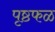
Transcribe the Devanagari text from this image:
पृष्ठफळ